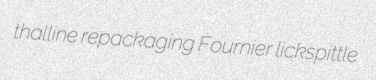
thalline repackaging Fournier lickspittle